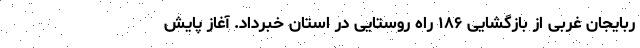
ربایجان غربی از بازگشایی ۱۸۶ راه روستایی در استان خبرداد. آغاز پایش